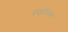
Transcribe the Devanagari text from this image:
प्रकृतित्याग